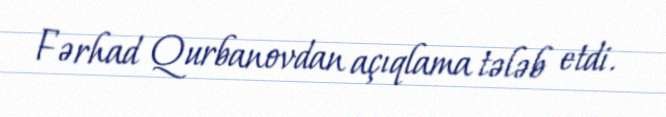
Fərhad Qurbanovdan açıqlama tələb etdi.